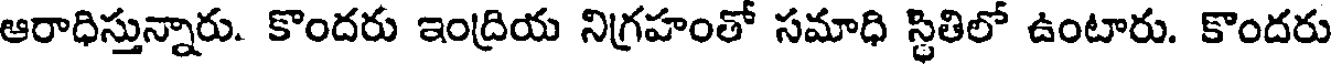
ఆరాధిస్తున్నారు. కొందరు ఇంద్రియ నిగ్రహంతో సమాధి స్థితిలో ఉంటారు. కొందరు